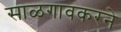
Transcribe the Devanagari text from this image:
साळगावकरने